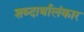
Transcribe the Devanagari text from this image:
शब्दार्थालंकार